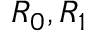
R _ { 0 } , R _ { 1 }